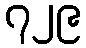
၇၂၉